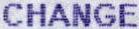
CHANGE